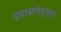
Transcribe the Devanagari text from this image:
उपासनेनुसार